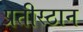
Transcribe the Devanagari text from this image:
प्रतीस्ठान